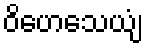
ဝိဟေသေယျံ